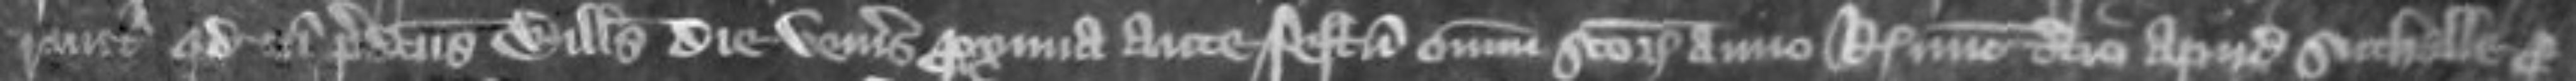
runtur quod cum predictus Willelmus die Veneris proxima ante festum Omnium Sanctorum anno regis nunc tercio apud Suthalle pro